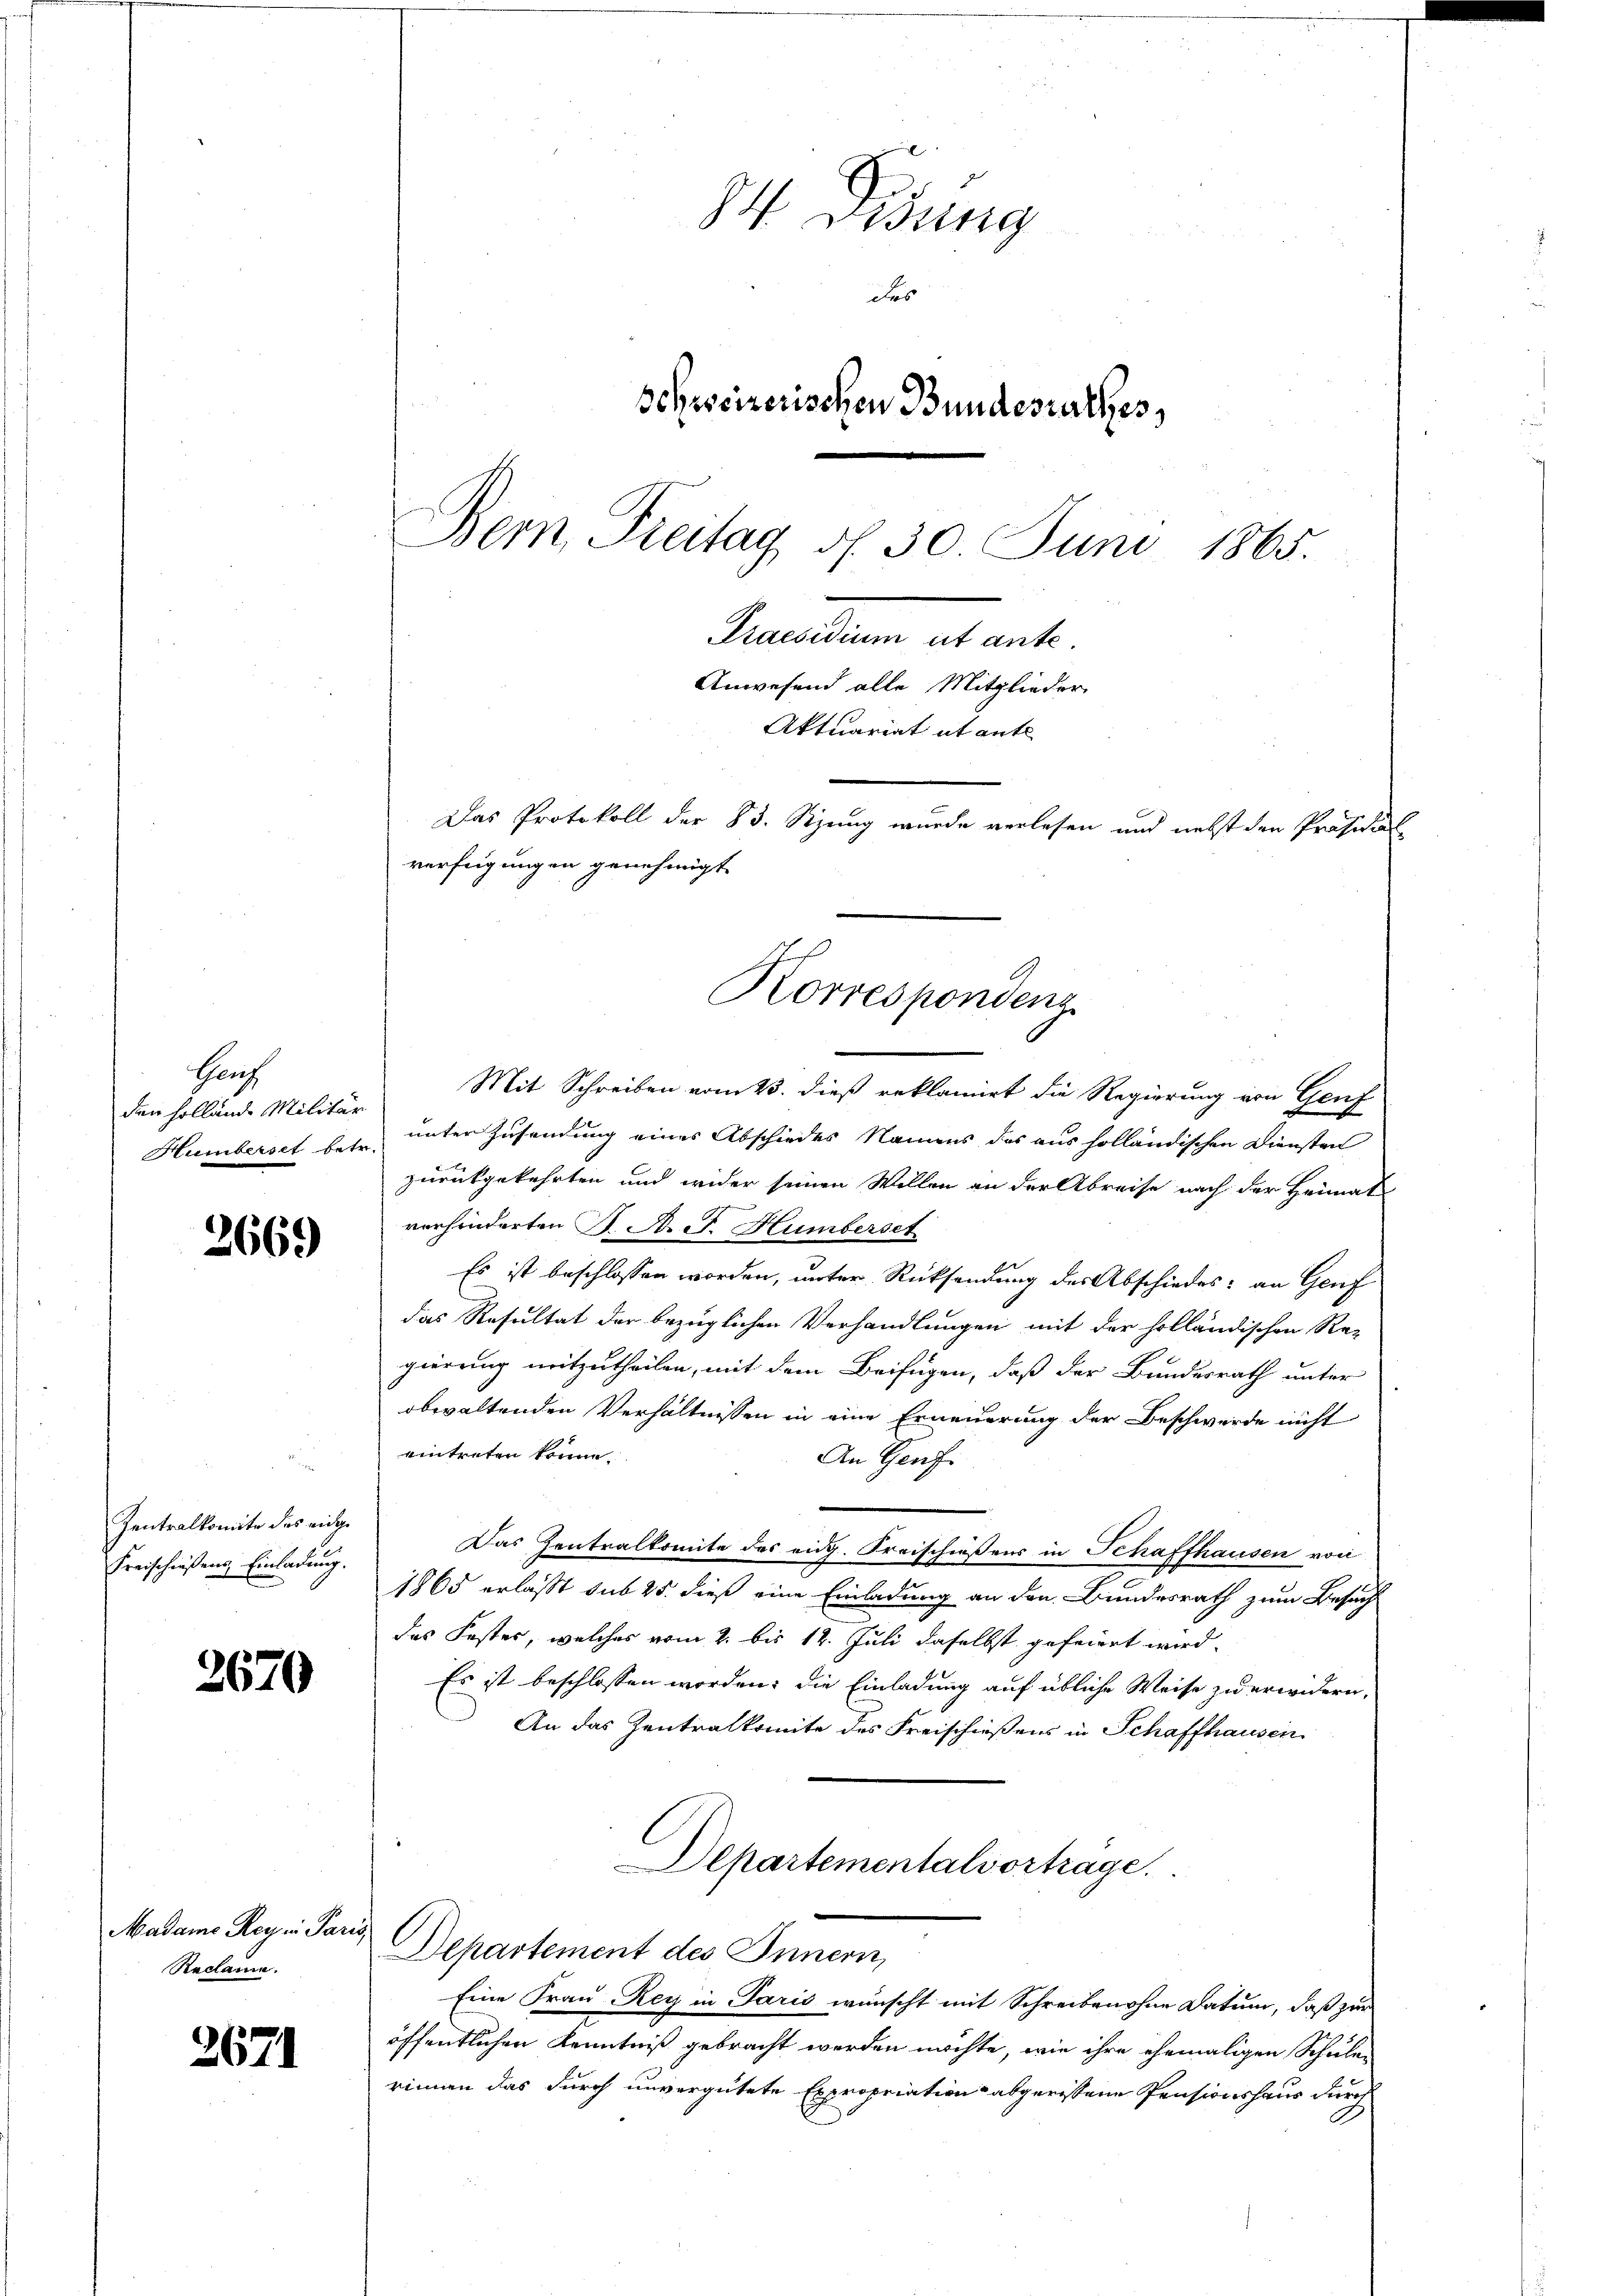
Harz
den Holland Militär
Humberset betr.

2669

Zentralkomite des eidge
Freischießen Einladung.

2670

Madame Rey in Pari
Reclame.

2671

84. Disung
Fes
Schreizerischen Bundesrathes,
Bern, Freitag d. 30. Juni 1865.
Praesidium ut ante.
Anwesend alle Mitglieder
Aktuariat it ente
Das Protokoll der 83. Stzung wurde verlesen und nebst den Präsidial
verfügungen genehmigt.

Mit Schreiben vom 23. dieß reklamirt die Regierung von Genf
unter Zusendung eines Abschiedes Namens des aus holländischen Diensten
zurückgekehrten und wider seinen Willen an der Abreise nach der Heimat
vorhinderten S. Prof. Humberset
Es ist beschlossen worden, unter Rücksendung des Abschiedes: an Genf
das Resultat der bezüglichen Verhandlungen mit der holländischen Re-
gierung mitzutheilen, mit dem Beifügen, daß der Bundesrath unter
obwaltenden Verhältnissen in eine Erneuerung der Beschwerde nicht
eintreten könne.
An Genf
Das Zentralkomite des eidg. Kreischiessens in Schaffhausen von
5
1865 erlasst sub 25. dieß eine Einladung an den Bundesrath zum Besuch
das Koster, welches vom 2. bis 12. Juli daselbst gefeiert wird.
Es ist beschlossen worden; die Einladung auf übliche Weise zu erwidern,
An das Zentralkomite des Freischießens in Schaffhausen
Departementalvortrage.
Departement des Innern,
Eine Frau Rey in Paris wünscht mit Schreiben ohne Datum, daß zur
öffentlichen Kenntniß gebracht werden möchte, wie ihre ehemaligen Schule-
rinnen das durch unvergütete Expropriation abgerissene Pensionshaus durch

Korrespondenz